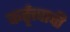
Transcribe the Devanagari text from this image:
कर्तृत्त्वाची